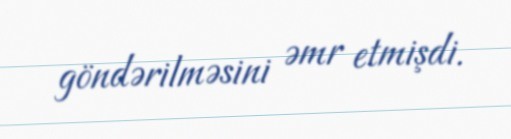
göndərilməsini əmr etmişdi.